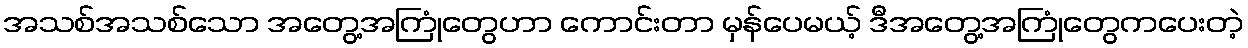
အသစ်အသစ်သော အတွေ့အကြုံတွေဟာ ကောင်းတာ မှန်ပေမယ့် ဒီအတွေ့အကြုံတွေကပေးတဲ့